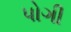
પોગી